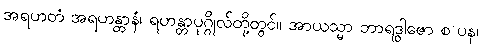
အရဟတံ အရဟန္တာနံ၊ ရဟန္တာပုဂ္ဂိုလ်တို့တွင်။ အာယသ္မာ ဘာရဒွါဇော စ ပန၊